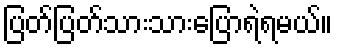
ပြတ်ပြတ်သားသားပြောရဲရမယ်။